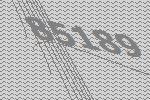
85189